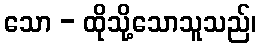
သော - ထိုသို့သောသူသည်၊